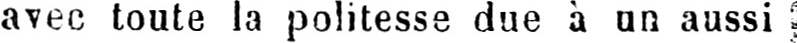
avec toute la politesse due à un aussi